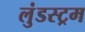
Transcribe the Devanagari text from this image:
लुंडस्ट्रम